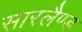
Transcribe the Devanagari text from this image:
सारलैण्ड